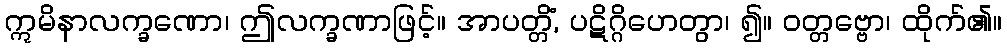
ဣမိနာလက္ခဏော၊ ဤလက္ခဏာဖြင့်။ အာပတ္တိံ, ပဋိဂ္ဂိဟေတွာ၊ ၍။ ဝတ္တဗ္ဗော၊ ထိုက်၏။